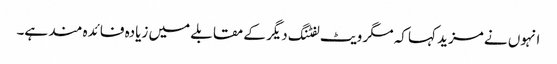
انہوں نے مزید کہا کہ مگر ویٹ لفٹنگ دیگر کے مقابلے میں زیادہ فائدہ مند ہے۔